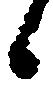
日